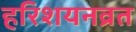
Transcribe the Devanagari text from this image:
हरिशयनव्रत